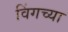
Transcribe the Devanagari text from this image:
विंगच्या